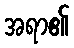
အရာ၏